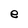
Character: e